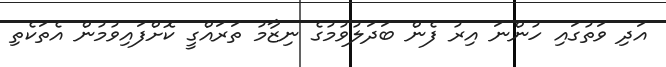
އަދި ވަތުގައި ހުންނަ އިރު ފެން ބަދަލުވުމުގެ ނިޒާމު ތަރައްގީ ކޮށްފައިވުމުން އެތަކެތި